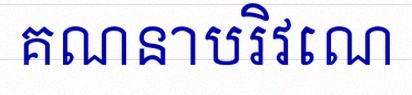
គណនាបរិវេណ